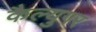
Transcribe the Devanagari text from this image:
कैल्युगर